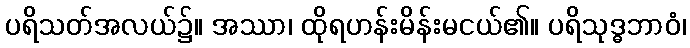
ပရိသတ်အလယ်၌။ အဿာ၊ ထိုရဟန်းမိန်းမငယ်၏။ ပရိသုဒ္ဓဘာဝံ၊